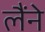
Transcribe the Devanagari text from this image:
लैंने